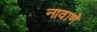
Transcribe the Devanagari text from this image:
नावाणे